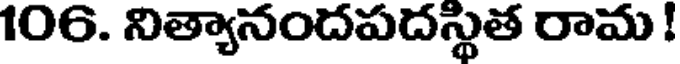
106. నిత్యానందపదస్థిత రామ !